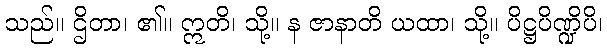
သည်။ ဌိတာ၊ ၏။ ဣတိ၊ သို့။ န ဇာနာတိ ယထာ၊ သို့။ ပိဋ္ဌပိဏ္ဍိပိ၊